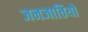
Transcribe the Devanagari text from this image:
जनजातियो